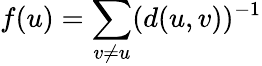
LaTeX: f(u)=\sum_{v\ne u}(d(u,v))^{-1}